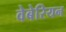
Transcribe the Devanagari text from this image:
वेबेरियन